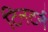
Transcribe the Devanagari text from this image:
टिनटर्न